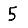
Digit: 5